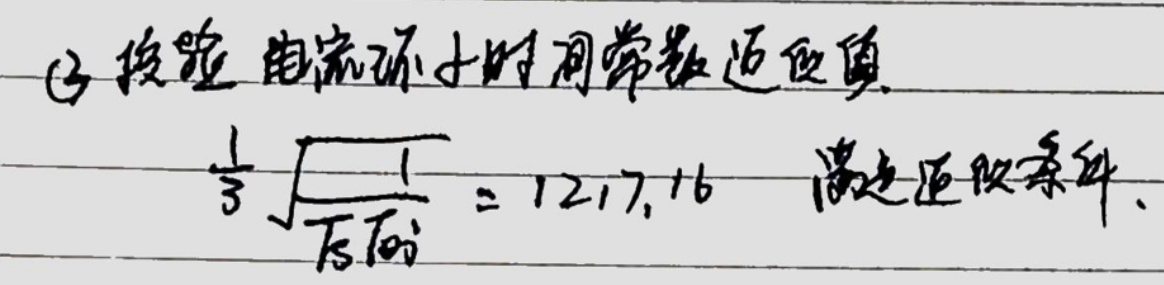
(3) 校验电流环小时间常数近似值\\
$\frac{1}{3} \sqrt{\frac{1}{T_{\mathrm{s}} T_{\mathrm{oi}}}} = 1217.16 \quad $满足近似条件.